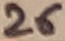
Text: 26